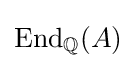
\operatorname {End} _{\mathbb {Q} }(A)